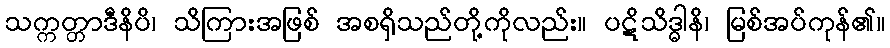
သက္ကတ္တာဒီနိပိ၊ သိကြားအဖြစ် အစရှိသည်တို့ကိုလည်း။ ပဋိသိဒ္ဓါနိ၊ မြစ်အပ်ကုန်၏။